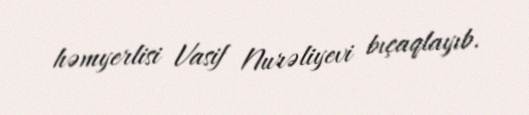
həmyerlisi Vasif Nurəliyevi bıçaqlayıb.